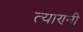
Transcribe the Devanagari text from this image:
त्याण्नी